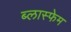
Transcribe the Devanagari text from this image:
ब्लास्फेम